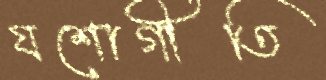
যশোগীতি